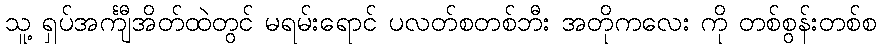
သူ့ ရှပ်အင်္ကျီအိတ်ထဲတွင် မရမ်းရောင် ပလတ်စတစ်ဘီး အတိုကလေး ကို တစ်စွန်းတစ်စ